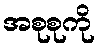
အစုစုကို